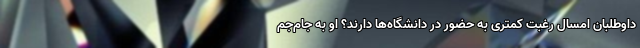
داوطلبان امسال رغبت کمتری به حضور در دانشگاه‌ها دارند؟ او به جام‌جم